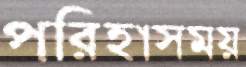
পরিহাসময়